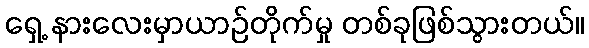
ရှေ့ နားလေးမှာယာဉ်တိုက်မှု တစ်ခုဖြစ်သွားတယ်။